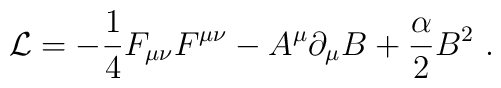
{\cal L} = - {1 \over 4} F_{\mu\nu} F^{\mu \nu} - A^\mu \partial_\mu B + {\alpha \over 2} {B}^2 \ .